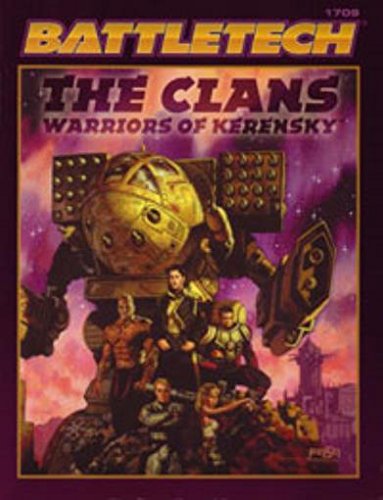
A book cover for Clans: Warriors of Kerensky (Battletech); Chris Hartford; Sports & Outdoors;